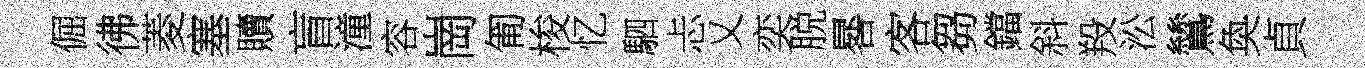
倔彿菱塞贖盲潼容崗匍梭忆駟忐乂奕脱晷客芻鐺斜羖㳂鷥奐貞